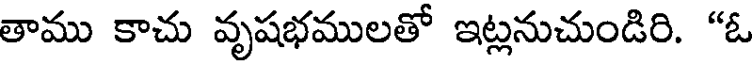
తాము కాచు వృషభములతో ఇట్లనుచుండిరి. "ఓ